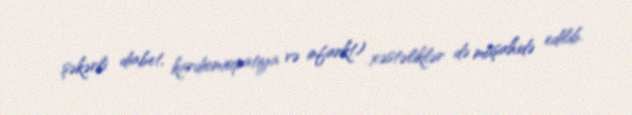
şəkərli diabet, kardiomiopatiya və infarkt) xəstəliklər də müşahidə edilib.